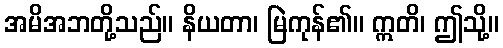
အမိအဘတို့သည်။ နိယတာ၊ မြဲကုန်၏။ ဣတိ၊ ဤသို့။